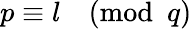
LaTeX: p\equiv l{\pmod{q}}